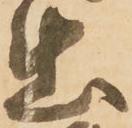
出